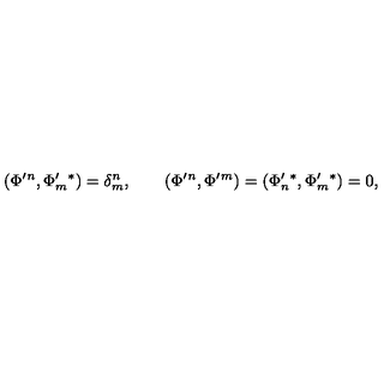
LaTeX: ( \Phi ^ { \prime } { } ^ { n } , \Phi _ { m } ^ { \prime } { } ^ { * } ) = \delta _ { m } ^ { n } , \qquad ( \Phi ^ { \prime } { } ^ { n } , \Phi ^ { \prime } { } ^ { m } ) = ( \Phi _ { n } ^ { \prime } { } ^ { * } , \Phi _ { m } ^ { \prime } { } ^ { * } ) = 0 ,